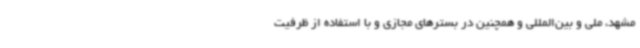
مشهد، ملی و بین‌المللی و همچنین در بسترهای مجازی و با استفاده از ظرفیت